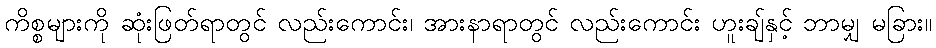
ကိစ္စများကို ဆုံးဖြတ်ရာတွင် လည်းကောင်း၊ အားနာရာတွင် လည်းကောင်း ဟူးချ်နှင့် ဘာမျှ မခြား။